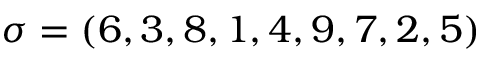
\sigma = ( 6 , 3 , 8 , 1 , 4 , 9 , 7 , 2 , 5 )